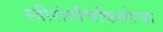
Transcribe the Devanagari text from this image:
स्त्रीरोगचिकित्सेचा